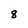
Character: 8